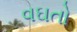
વઘતો